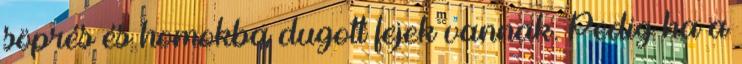
söprés és homokba dugott fejek vannak. Pedig ha a